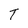
Character: T